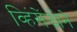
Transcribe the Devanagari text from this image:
व्हिंसेंझोने